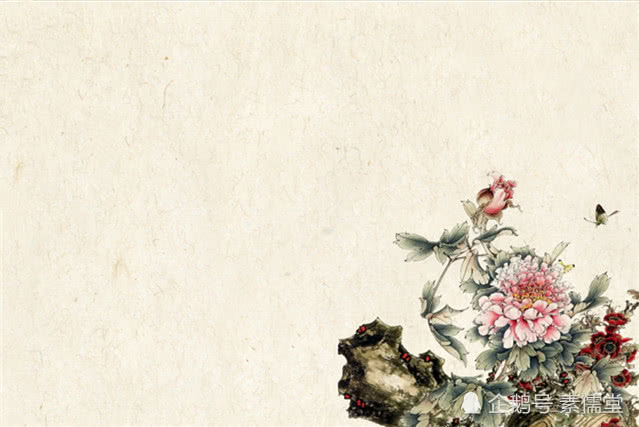
功者难成而易败，时者难得而易失也。